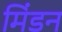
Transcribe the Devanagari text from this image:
मिंडन